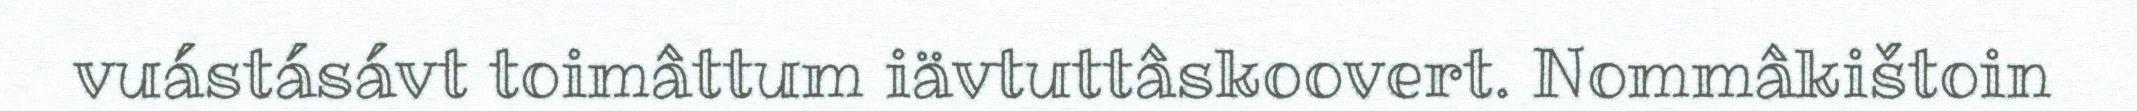
vuástásávt toimâttum iävtuttâskoovert. Nommâkištoin